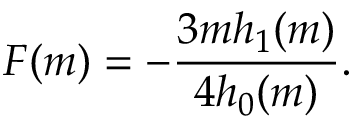
F ( m ) = - \frac { 3 m h _ { 1 } ( m ) } { 4 h _ { 0 } ( m ) } .